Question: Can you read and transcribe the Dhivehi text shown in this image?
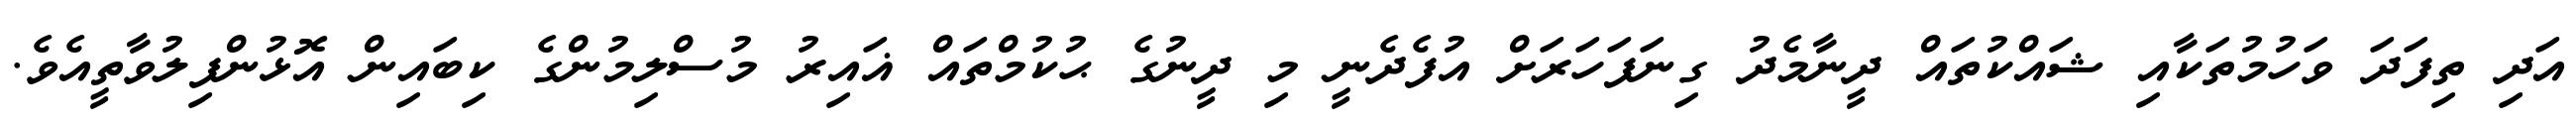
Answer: އަދި ތިފަދަ ވަހުމުތަކާއި ޝައްކުތައް ދީނާމެދު ގިނަފަހަރަށް އުފެދެނީ މި ދީނުގެ ޙުކުމްތައް ޣައިރު މުސްލިމުންގެ ކިބައިން އޮޅުންފިލުވާތީއެވެ.